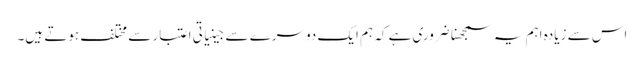
اس سے زیادہ اہم یہ سمجھنا ضروری ہے کہ ہم ایک دوسرے سے جینیاتی اعتبار سے مختلف ہوتے ہیں۔